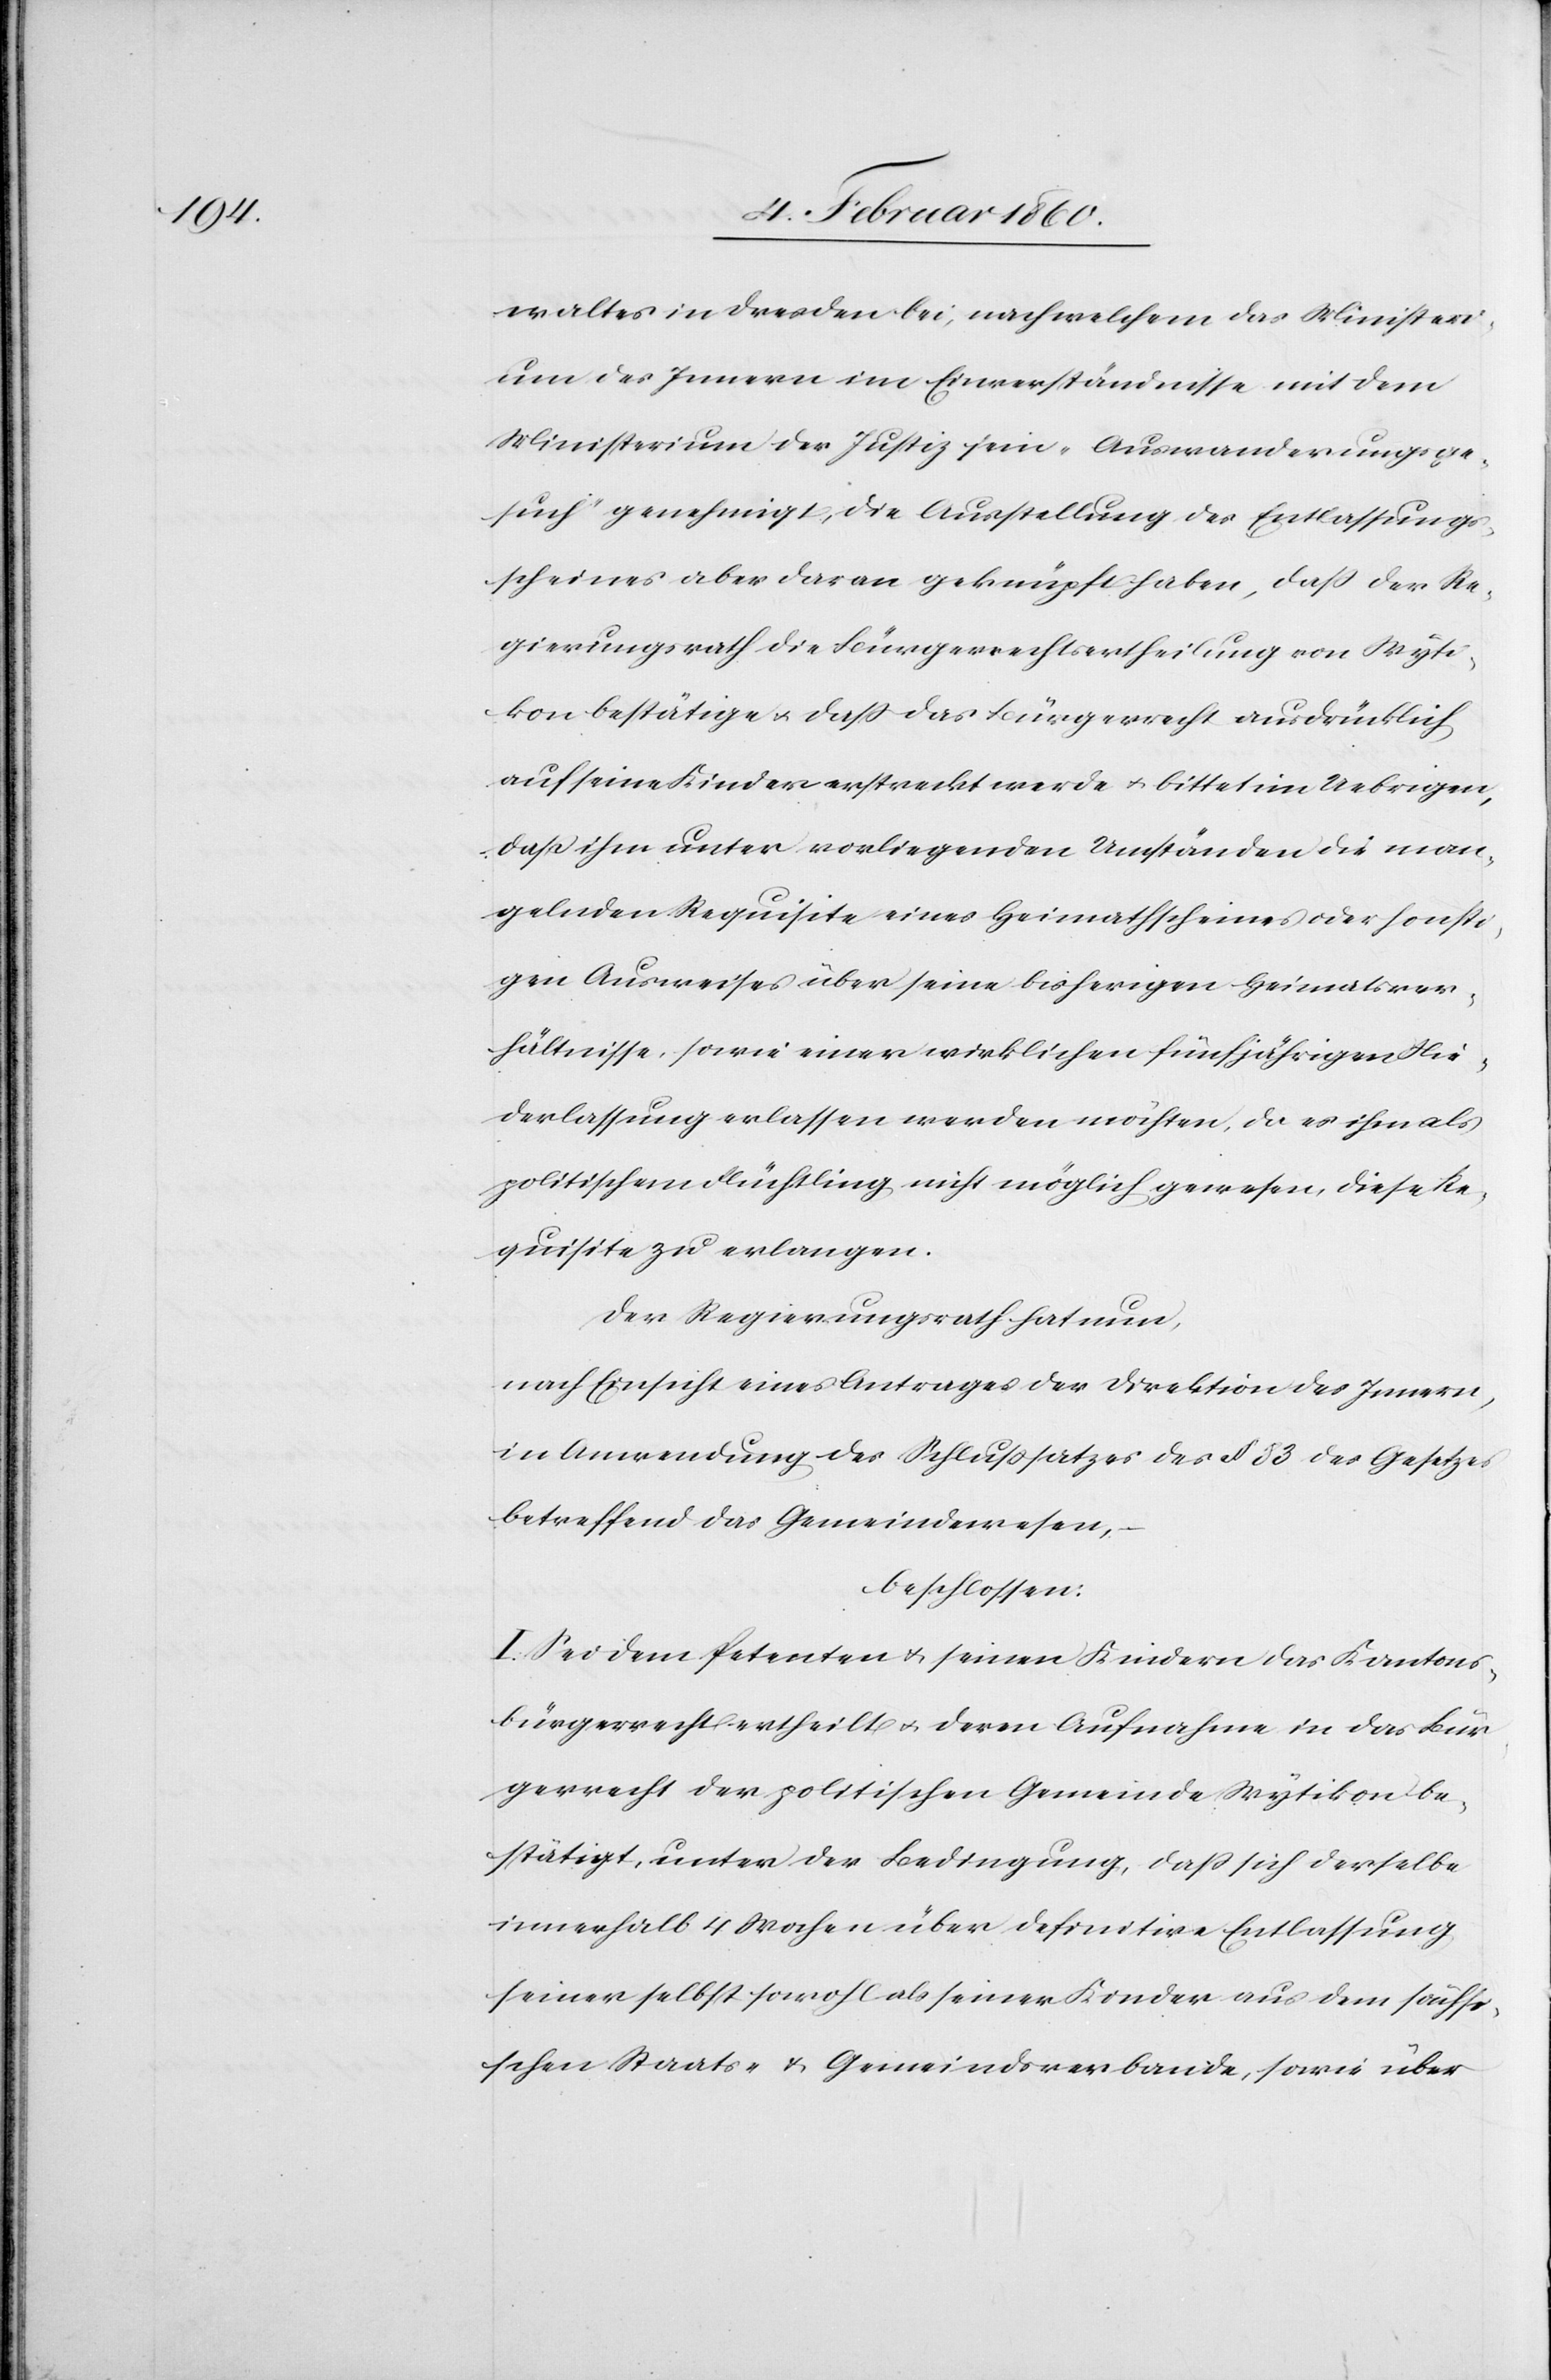
waltes in Dresden bei, nach welchem das Ministeri¬
um des Innern im Einverständnisse mit dem
Ministerium der Justiz sein „Auswanderungsge¬
such“ genehmigt, die Ausstellung des Entlassungs¬
scheines aber daran geknüpft haben, dass der Re¬
gierungsrath die Bürgerrechtsertheilung von Wyti¬
kon bestätige u. dass das Bürgerrecht ausdrücklich
auf seine Kinder erstreckt werde u. bittet im Uebrigen,
dass ihm unter vorliegenden Umständen die man¬
gelnden Requisite eines Heimathscheines oder sonsti¬
gen Ausweises über seine bisherigen Heimatsver¬
hältnisse, sowie einer wirklichen fünfjährigen Nie¬
derlassung erlassen werden möchten, da es ihm als
politischen Flüchtling nicht möglich gewesen, diese Re¬
quisite zu erlangen.
Der Regierungsrath hat nun,
Nach Einsicht eines Antrages der Direktion des Innern,
in Anwendung des Schlusssatzes des §. 53. des Gesetzes
betreffend das Gemeindwesen,
beschlossen:
I. Sei dem Petenten u. seinen Kindern das Kantons¬
bürgerrecht ertheilt u. deren Aufnahme in das Bür¬
gerrecht der politischen Gemeinde Wytikon be¬
stätigt, unter der Bedingung, dass sich derselbe
innerhalb 4. Wochen über definitive Entlassung
seiner selbst sowohl als seiner Kinder aus dem sächsi¬
schen Staats- u. Gemeindsverbande, sowie über